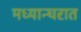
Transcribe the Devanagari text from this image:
मध्यान्घरात